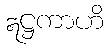
ဣဋ္ဌကာဟိ